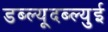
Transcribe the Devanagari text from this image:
डब्ल्यूदब्ल्युई